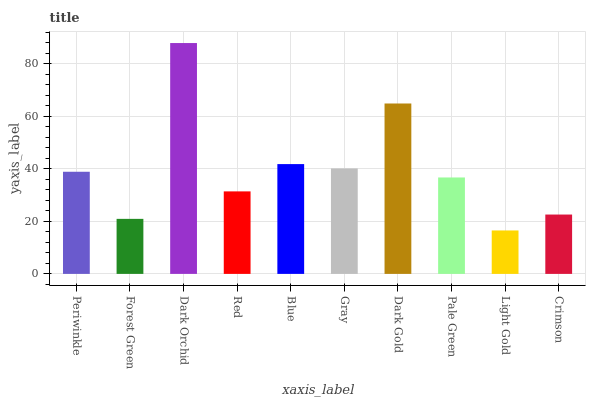
| xaxis_label | bars |
 | --- | --- |
 | Periwinkle | 38.9 |
 | Forest Green | 21 |
 | Dark Orchid | 87.9 |
 | Red | 31.4 |
 | Blue | 41.8 |
 | Gray | 40.2 |
 | Dark Gold | 64.9 |
 | Pale Green | 36.7 |
 | Light Gold | 16.5 |
 | Crimson | 22.6 |